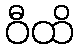
ဝီထိ